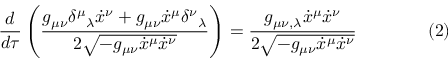
{ \frac { d } { d \tau } } \left( { \frac { g _ { \mu \nu } \delta ^ { \mu } { } _ { \lambda } { \dot { x } } ^ { \nu } + g _ { \mu \nu } { \dot { x } } ^ { \mu } \delta ^ { \nu } { } _ { \lambda } } { 2 { \sqrt { - g _ { \mu \nu } { \dot { x } } ^ { \mu } { \dot { x } } ^ { \nu } } } } } \right) = { \frac { g _ { \mu \nu , \lambda } { \dot { x } } ^ { \mu } { \dot { x } } ^ { \nu } } { 2 { \sqrt { - g _ { \mu \nu } { \dot { x } } ^ { \mu } { \dot { x } } ^ { \nu } } } } } \qquad \qquad ( 2 )